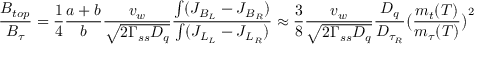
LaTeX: { \frac { B _ { t o p } } { B _ { \tau } } } = { \frac { 1 } { 4 } } { \frac { a + b } { b } } { \frac { v _ { w } } { \sqrt { 2 \Gamma _ { s s } D _ { q } } } } { \frac { \int ( J _ { B _ { L } } - J _ { B _ { R } } ) } { \int ( J _ { L _ { L } } - J _ { L _ { R } } ) } } \approx { \frac { 3 } { 8 } } { \frac { v _ { w } } { \sqrt { 2 \Gamma _ { s s } D _ { q } } } } { \frac { D _ { q } } { D _ { \tau _ { R } } } } \bigl ( { \frac { m _ { t } ( T ) } { m _ { \tau } ( T ) } } \bigr ) ^ { 2 }